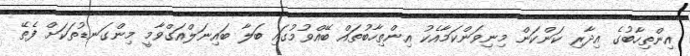
އިންތިހާބުގެ އިދާރި ކަންކަން މިނިވަންކަމާއެކު އިންތިހާބުތައް ބޭއްވުމުގައި ބަލާ ބައިނަލްއަގްވާމީ މިންގަނޑުތަކަށް ފެތޭ